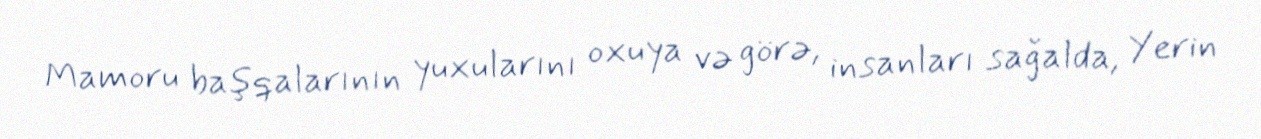
Mamoru başqalarının yuxularını oxuya və görə, insanları sağalda, Yerin